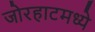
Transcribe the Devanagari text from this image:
जोरहाटमध्ये